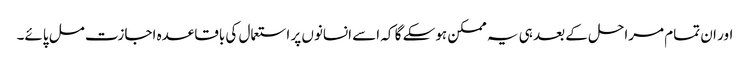
اور ان تمام مراحل کے بعد ہی یہ ممکن ہوسکے گا کہ اسے انسانوں پر استعمال کی باقاعدہ اجازت مل پائے۔